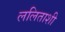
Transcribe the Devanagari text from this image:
ललिताशी